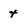
Character: t